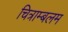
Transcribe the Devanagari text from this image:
चित्राम्बलम